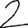
Digit: 2